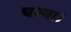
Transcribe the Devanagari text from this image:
चश्मा।